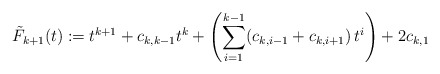
\begin{align*}\tilde{F}_{k+1}(t)\coloneqq t^{k+1} + c_{k,k-1} t^k + \left(\sum_{i=1}^{k-1} (c_{k,i-1}+c_{k,i+1}) \, t^i \right) + 2 c_{k,1}\end{align*}